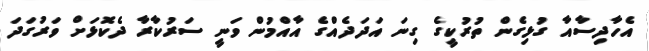
އެހާދިސާއާ ގުޅިގެން ތުރުކީގެ ގިނަ އަދަދެއްގެ އާއްމުން ވަނީ ސަރުކާރާ ދެކޮޅަށް ވަރުގަދަ